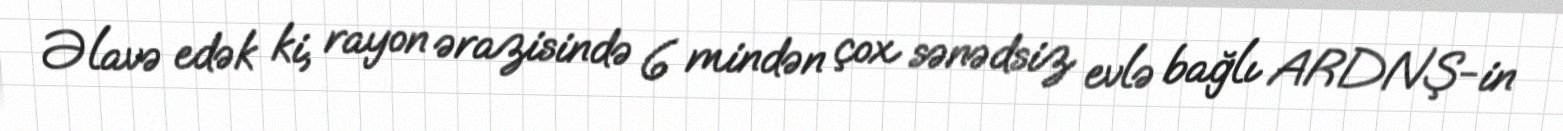
Əlavə edək ki, rayon ərazisində 6 mindən çox sənədsiz evlə bağlı ARDNŞ-in